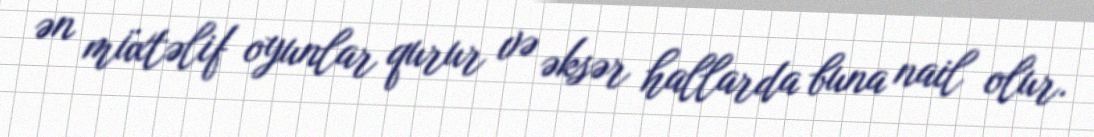
ən müxtəlif oyunlar qurur və əksər hallarda buna nail olur.